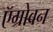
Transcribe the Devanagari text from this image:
ऍग्रोवन